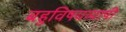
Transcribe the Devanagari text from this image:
बहुविषयव्यापी